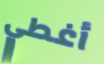
أغطي